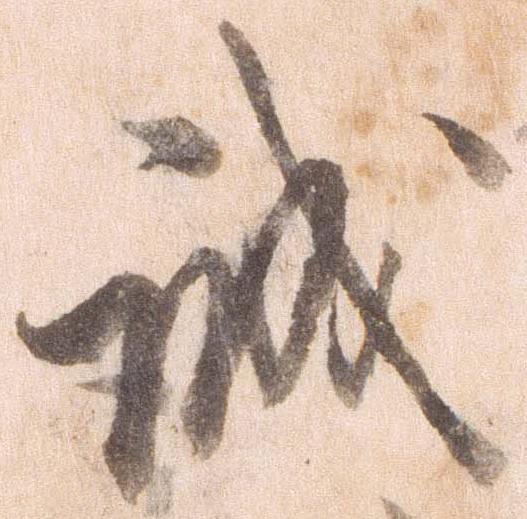
誠